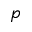
p